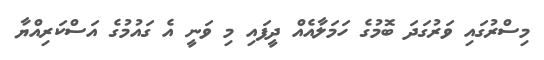
މިސްރުގައި ވަރުގަދަ ބޮމުގެ ހަމަލާއެއް ދީފައި މި ވަނީ އެ ގައުމުގެ އަސްކަރިއްޔާ